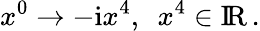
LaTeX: x^{0}\to-\mathrm{i}x^{4},\enspace x^{4}\in\mathrm{I\! R}\, .